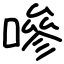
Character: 嘇